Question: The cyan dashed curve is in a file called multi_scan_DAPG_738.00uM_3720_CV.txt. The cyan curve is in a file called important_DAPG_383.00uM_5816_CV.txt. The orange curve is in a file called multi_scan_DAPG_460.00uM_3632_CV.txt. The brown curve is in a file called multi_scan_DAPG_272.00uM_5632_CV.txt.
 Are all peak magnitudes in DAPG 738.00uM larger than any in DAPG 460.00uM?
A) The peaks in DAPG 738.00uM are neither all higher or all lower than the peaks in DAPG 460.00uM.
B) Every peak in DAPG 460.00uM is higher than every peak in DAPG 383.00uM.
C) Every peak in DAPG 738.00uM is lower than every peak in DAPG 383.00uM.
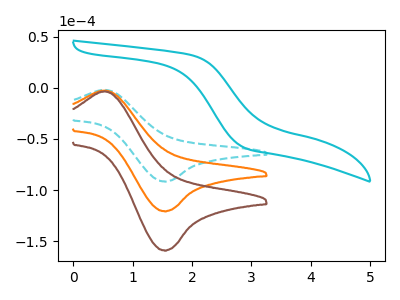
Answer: <think>The cyan dashed curve "DAPG 738.00uM" has an anodic peak at (0.55V, -2.00uA) and a cathodic peak at (1.55V, -91.55uA). The cyan curve "DAPG 383.00uM" has no peaks. The orange curve "DAPG 460.00uM" has an anodic peak at (0.55V, -2.65uA) and a cathodic peak at (1.55V, -120.65uA). The brown curve "DAPG 272.00uM" has an anodic peak at (0.55V, -5.25uA) and a cathodic peak at (1.55V, -241.25uA).</think>
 <answer>A) The peaks in "DAPG 738.00uM" are neither all higher or all lower than the peaks in "DAPG 460.00uM".</answer>
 <eval>A</eval>